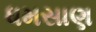
ધમસાણ